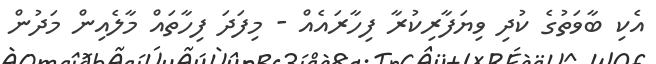
އެކި ބާވަތުގެ ކުދި ވިޔަފާރިކުރާ ފިހާރައެއް - މިފަދަ ފިހާތައް މާލެއިން މަދުން